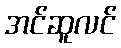
အင်ဆူလင်